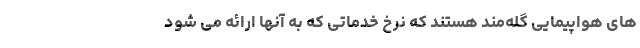
های هواپیمایی گله‌مند هستند که نرخ خدماتی که به آنها ارائه می شود